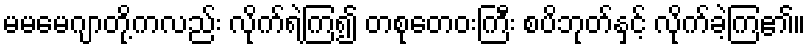
မမမေဂျာတို့ကလည်း လိုက်ရဲကြ၍ တစုတေဝးကြီး စပိဘုတ်နှင့် လိုက်ခဲ့ကြ၏။